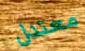
معتدل